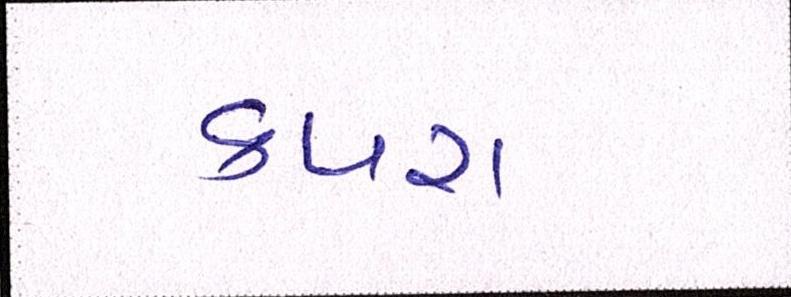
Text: કપરા